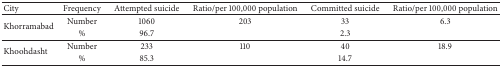
| City | Frequency | Attempted suicide | Ratio/per 100,000 population | Committed suicide | Ratio/per 100,000 population |
 | --- | --- | --- | --- | --- | --- |
 | <ROWSPAN=2> Khorramabad | Number | 1060 | 203 | 33 | 6.3 |
 | % | 96.7 |  | 2.3 |  |
 | <ROWSPAN=2> Khoohdasht | Number | 233 | 110 | 40 | 18.9 |
 | % | 85.3 |  | 14.7 |  |